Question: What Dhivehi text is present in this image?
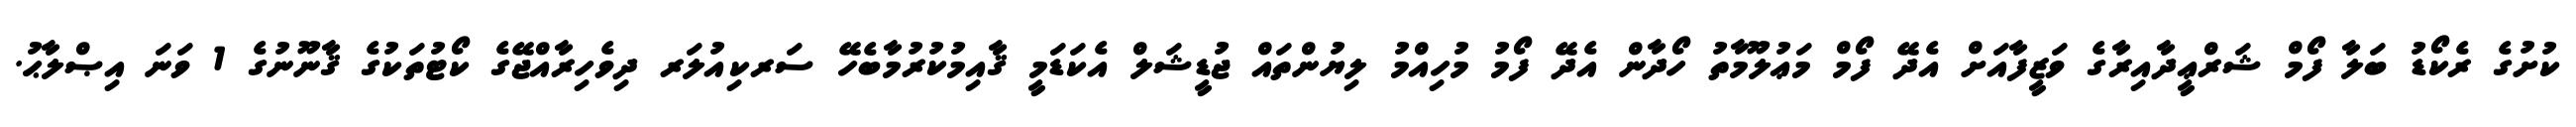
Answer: ކުށުގެ ރެކޯޑު ބަލާ ފޯމް ޝަރްޢީދާއިރާގެ ވަޒީފާއަށް އެދޭ ފޯމް މަޢުލޫމާތު ހޯދާން އެދޭ ފޯމު މުހިއްމު ލިޔުންތައް ޖުޑީޝަލް އެކަޑަމީ ޤާއިމުކުރުމާބެހޭ ސަރކިއުލަރ ދިވެހިރާއްޖޭގެ ކޯޓުތަކުގެ ޤާނޫނުގެ 1 ވަނަ އިޞްލާޙު.